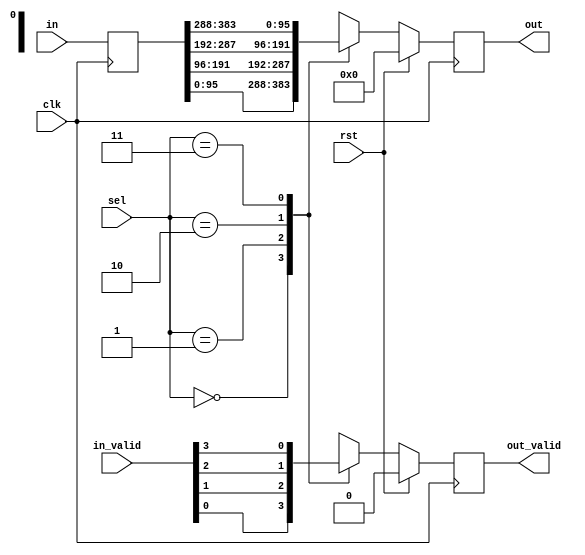
/////////////////////////////////////////////////////////////////////////////////////////////////////////////////////////////////////////////////////////////////////////
// Module: Mux_4_to_1.v
//
//	Function: 
//				Mux used to construct reduction tree for very large muxes
//
// Data Organization:
//				TBD
//
// Used by:
//				TBD
//
// Dependency:
//				N/A
//
// Testbench:
//				TBD
//
// Timing:
//				1 cycle				
//
// Created by: 
//				Chen Yang 01/01/2019
/////////////////////////////////////////////////////////////////////////////////////////////////////////////////////////////////////////////////////////////////////////

module Mux_4_to_1
#(
	parameter DATA_WIDTH 		= 32*3,
	parameter NUM_INPUT_PORTS	= 4,
	parameter SEL_DIWTH 			= 2				// log(NUM_INPUT_PORTS) / log(2)
)
(
	input clk,
	input rst,
	input [SEL_DIWTH-1:0] sel,
	input [NUM_INPUT_PORTS-1:0] in_valid,
	input [NUM_INPUT_PORTS*DATA_WIDTH-1:0] in,
	output reg [DATA_WIDTH-1:0] out,
	output reg out_valid
);
	
	reg [NUM_INPUT_PORTS*DATA_WIDTH-1:0] in_reg;

	always@(posedge clk)
		begin
		in_reg <= in;
		if(rst)
			begin
			out <= 0;
			out_valid <= 1'b0;
			end
		else
			begin
			case(sel)
				0:
					begin
					out <= in_reg[1*DATA_WIDTH-1:0*DATA_WIDTH];
					out_valid <= in_valid[0];
					end
				1:
					begin
					out <= in_reg[2*DATA_WIDTH-1:1*DATA_WIDTH];
					out_valid <= in_valid[1];
					end
				2:
					begin
					out <= in_reg[3*DATA_WIDTH-1:2*DATA_WIDTH];
					out_valid <= in_valid[2];
					end
				3:
					begin
					out <= in_reg[4*DATA_WIDTH-1:3*DATA_WIDTH];
					out_valid <= in_valid[3];
					end

				default:
					begin
					out <= in_reg[1*DATA_WIDTH-1:0*DATA_WIDTH];
					out_valid <= in_valid[0];
					end
			endcase
			end
		end


endmodule